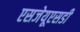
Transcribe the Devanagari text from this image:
एसजेयूएसडी